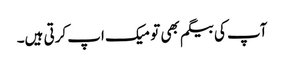
آپ کی بیگم بھی تو میک اپ کرتی ہیں۔